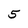
Character: 5